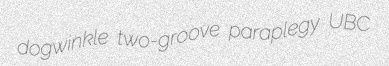
dogwinkle two-groove paraplegy UBC